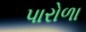
પારોળા